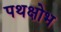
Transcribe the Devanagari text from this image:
पथक्षोभ